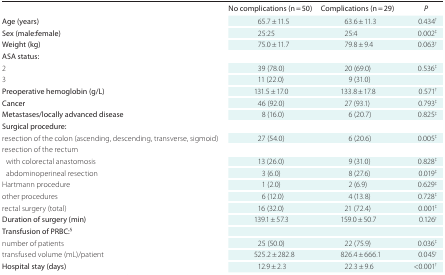
<table><thead><tr><td></td><td><b>No complications (n = 50)</b></td><td><b>Complications (n = 29)</b></td><td><b><i>P</i></b></td></tr></thead><tbody><tr><td>Age (years)</td><td>65.7 ± 11.5</td><td>63.6 ± 11.3</td><td>0.434<sup>†</sup></td></tr><tr><td>Sex (male:female)</td><td>25:25</td><td>25:4</td><td>0.002<sup>‡</sup></td></tr><tr><td>Weight (kg)</td><td>75.0 ± 11.7</td><td>79.8 ± 9.4</td><td>0.063<sup>†</sup></td></tr><tr><td>ASA status:</td><td></td><td></td><td></td></tr><tr><td>2</td><td>39 (78.0)</td><td>20 (69.0)</td><td rowspan="2">0.536<sup>‡</sup></td></tr><tr><td>3</td><td>11 (22.0)</td><td>9 (31.0)</td></tr><tr><td>Preoperative hemoglobin (g/L)</td><td>131.5 ± 17.0</td><td>133.8 ± 17.8</td><td>0.571<sup>†</sup></td></tr><tr><td>Cancer</td><td>46 (92.0)</td><td>27 (93.1)</td><td>0.793<sup>‡</sup></td></tr><tr><td>Metastases/locally advanced disease</td><td>8 (16.0)</td><td>6 (20.7)</td><td>0.825<sup>‡</sup></td></tr><tr><td>Surgical procedure:</td><td></td><td></td><td></td></tr><tr><td>resection of the colon (ascending, descending, transverse, sigmoid)</td><td>27 (54.0)</td><td>6 (20.6)</td><td>0.005<sup>‡</sup></td></tr><tr><td rowspan="2">resection of the rectum with colorectal anastomosis</td><td></td><td></td><td></td></tr><tr><td>13 (26.0)</td><td>9 (31.0)</td><td>0.828<sup>‡</sup></td></tr><tr><td>abdominoperineal resection</td><td>3 (6.0)</td><td>8 (27.6)</td><td>0.019<sup>‡</sup></td></tr><tr><td>Hartmann procedure</td><td>1 (2.0)</td><td>2 (6.9)</td><td>0.629<sup>‡</sup></td></tr><tr><td>other procedures</td><td>6 (12.0)</td><td>4 (13.8)</td><td>0.728<sup>‡</sup></td></tr><tr><td>rectal surgery (total)</td><td>16 (32.0)</td><td>21 (72.4)</td><td>0.001<sup>‡</sup></td></tr><tr><td>Duration of surgery (min)</td><td>139.1 ± 57.3</td><td>159.0 ± 50.7</td><td>0.126<sup>†</sup></td></tr><tr><td>Transfusion of PRBC:<sup>§</sup></td><td></td><td></td><td></td></tr><tr><td>number of patients</td><td>25 (50.0)</td><td>22 (75.9)</td><td>0.036<sup>‡</sup></td></tr><tr><td>transfused volume (mL)/patient</td><td>525.2 ± 282.8</td><td>826.4 ± 666.1</td><td>0.045<sup>†</sup></td></tr><tr><td>Hospital stay (days)</td><td>12.9 ± 2.3</td><td>22.3 ± 9.6</td><td>&lt;0.001<sup>†</sup></td></tr></tbody></table>